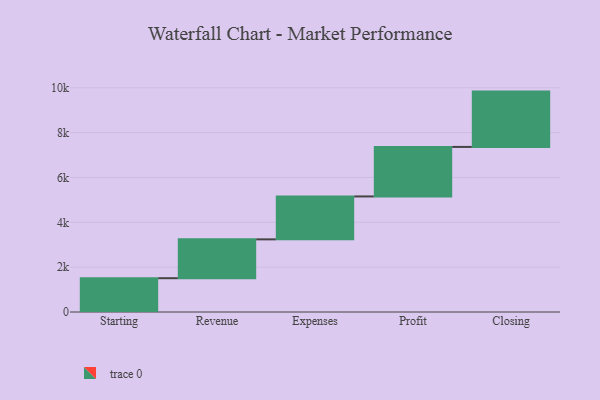
{"axis": {"x": "Step", "y": "Value"}, "legend": [""], "data": [{"x": "Starting", "y": 1507.0, "type": ""}, {"x": "Revenue", "y": 1732.0, "type": ""}, {"x": "Expenses", "y": 1914.0, "type": ""}, {"x": "Profit", "y": 2208.0, "type": ""}, {"x": "Closing", "y": 2467.0, "type": ""}]}